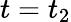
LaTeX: t=t_{2}